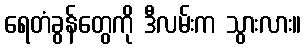
ရေတံခွန်တွေကို ဒီလမ်းက သွားလား။